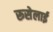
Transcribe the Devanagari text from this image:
रूसेलाई